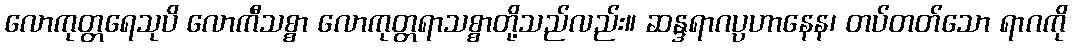
လောကုတ္တရေသုပိ လောကီသစ္စာ လောကုတ္တရာသစ္စာတို့သည်လည်း။ ဆန္ဒရာဂပ္ပဟာနေန၊ တပ်တတ်သော ရာဂကို